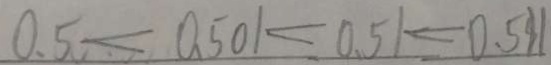
0 . 5 < 0 . 5 0 1 < 0 . 5 1 < 0 . 5 1 1